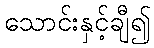
သောင်းနှင့်ချီ၍